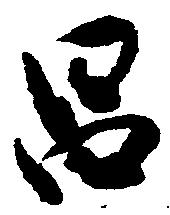
昌